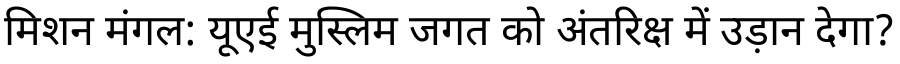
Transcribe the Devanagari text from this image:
मिशन मंगल: यूएई मुस्लिम जगत को अंतरिक्ष में उड़ान देगा?